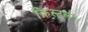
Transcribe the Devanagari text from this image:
क्रिस्टल।